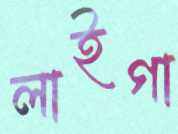
লাইগা